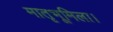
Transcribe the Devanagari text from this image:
मातृभूमिला।